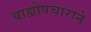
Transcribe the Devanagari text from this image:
बाह्योपचाराने